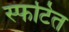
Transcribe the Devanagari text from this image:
स्फटित